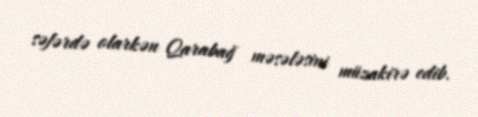
səfərdə olarkən Qarabağ məsələsini müzakirə edib.